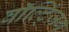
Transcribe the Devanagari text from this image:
वॉल्ट्ज़िंग